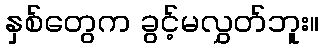
နှစ်တွေက ခွင့်မလွှတ်ဘူး။